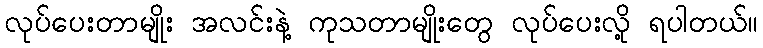
လုပ်ပေးတာမျိုး အလင်းနဲ့ ကုသတာမျိုးတွေ လုပ်ပေးလို့ ရပါတယ်။